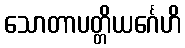
သောတာပတ္တိယင်္ဂေဟိ